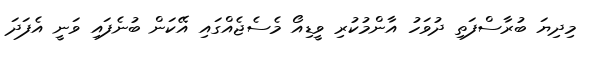
މިދިޔަ ބުރާސްފަތި ދުވަހު އާންމުކުރި ވީޑިއޯ މެސެޖެއްގައި އޭކަން ބުނެފައި ވަނީ އެފަދަ